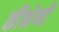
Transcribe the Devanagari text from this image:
कीश्रेणी